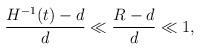
LaTeX: \begin{align*}\frac{H^{-1}(t)-d}{d}\ll \frac{R-d}{d}\ll 1, \end{align*}